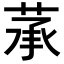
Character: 𦲶